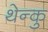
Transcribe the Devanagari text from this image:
थेन्कु